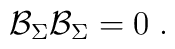
\mathcal{B}_\Sigma \mathcal{B}_\Sigma =0\;.